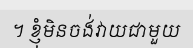
។ ខ្ញុំមិនចង់វាយជាមួយ